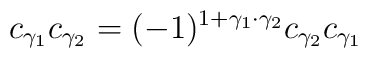
c_{\gamma_1} c_{\gamma_2} = (-1)^{1 + \gamma_1 \cdot \gamma_2} c_{\gamma_2} c_{\gamma_1}